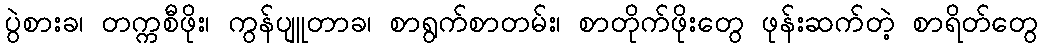
ပွဲစားခ၊ တက္ကစီဖိုး၊ ကွန်ပျူတာခ၊ စာရွက်စာတမ်း၊ စာတိုက်ဖိုးတွေ ဖုန်းဆက်တဲ့ စာရိတ်တွေ